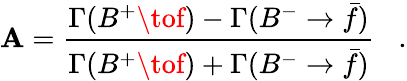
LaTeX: \mathbf{A}={\frac{{\Gamma(B^{+}\tof)-\Gamma(B^{-}\to\bar{{f}})}}{{\Gamma(B^{+}\tof)+\Gamma(B^{-}\to\bar{{f}})}}}\; \; \; .